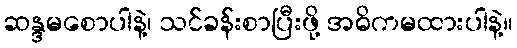
ဆန္ဒမစောပါနဲ့၊ သင်ခန်းစာပြီးဖို့ အဓိကမထားပါနဲ့။